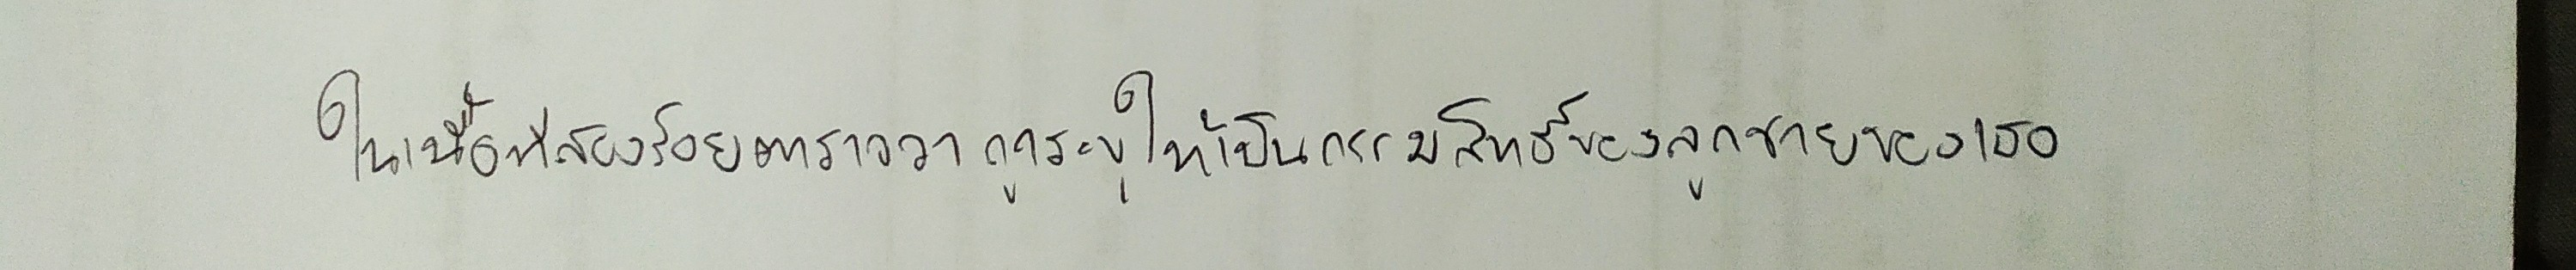
ในเนื้อที่สองร้อยตารางวาถูกระบุให้เป็นกรรมสิทธิ์ของลูกชายของเธอ